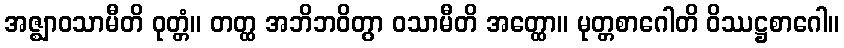
အဇ္ဈာဝသာမီတိ ဝုတ္တံ။ တတ္ထ အဘိဘဝိတွာ ဝသာမီတိ အတ္ထော။ မုတ္တစာဂေါတိ ဝိဿဋ္ဌစာဂေါ။